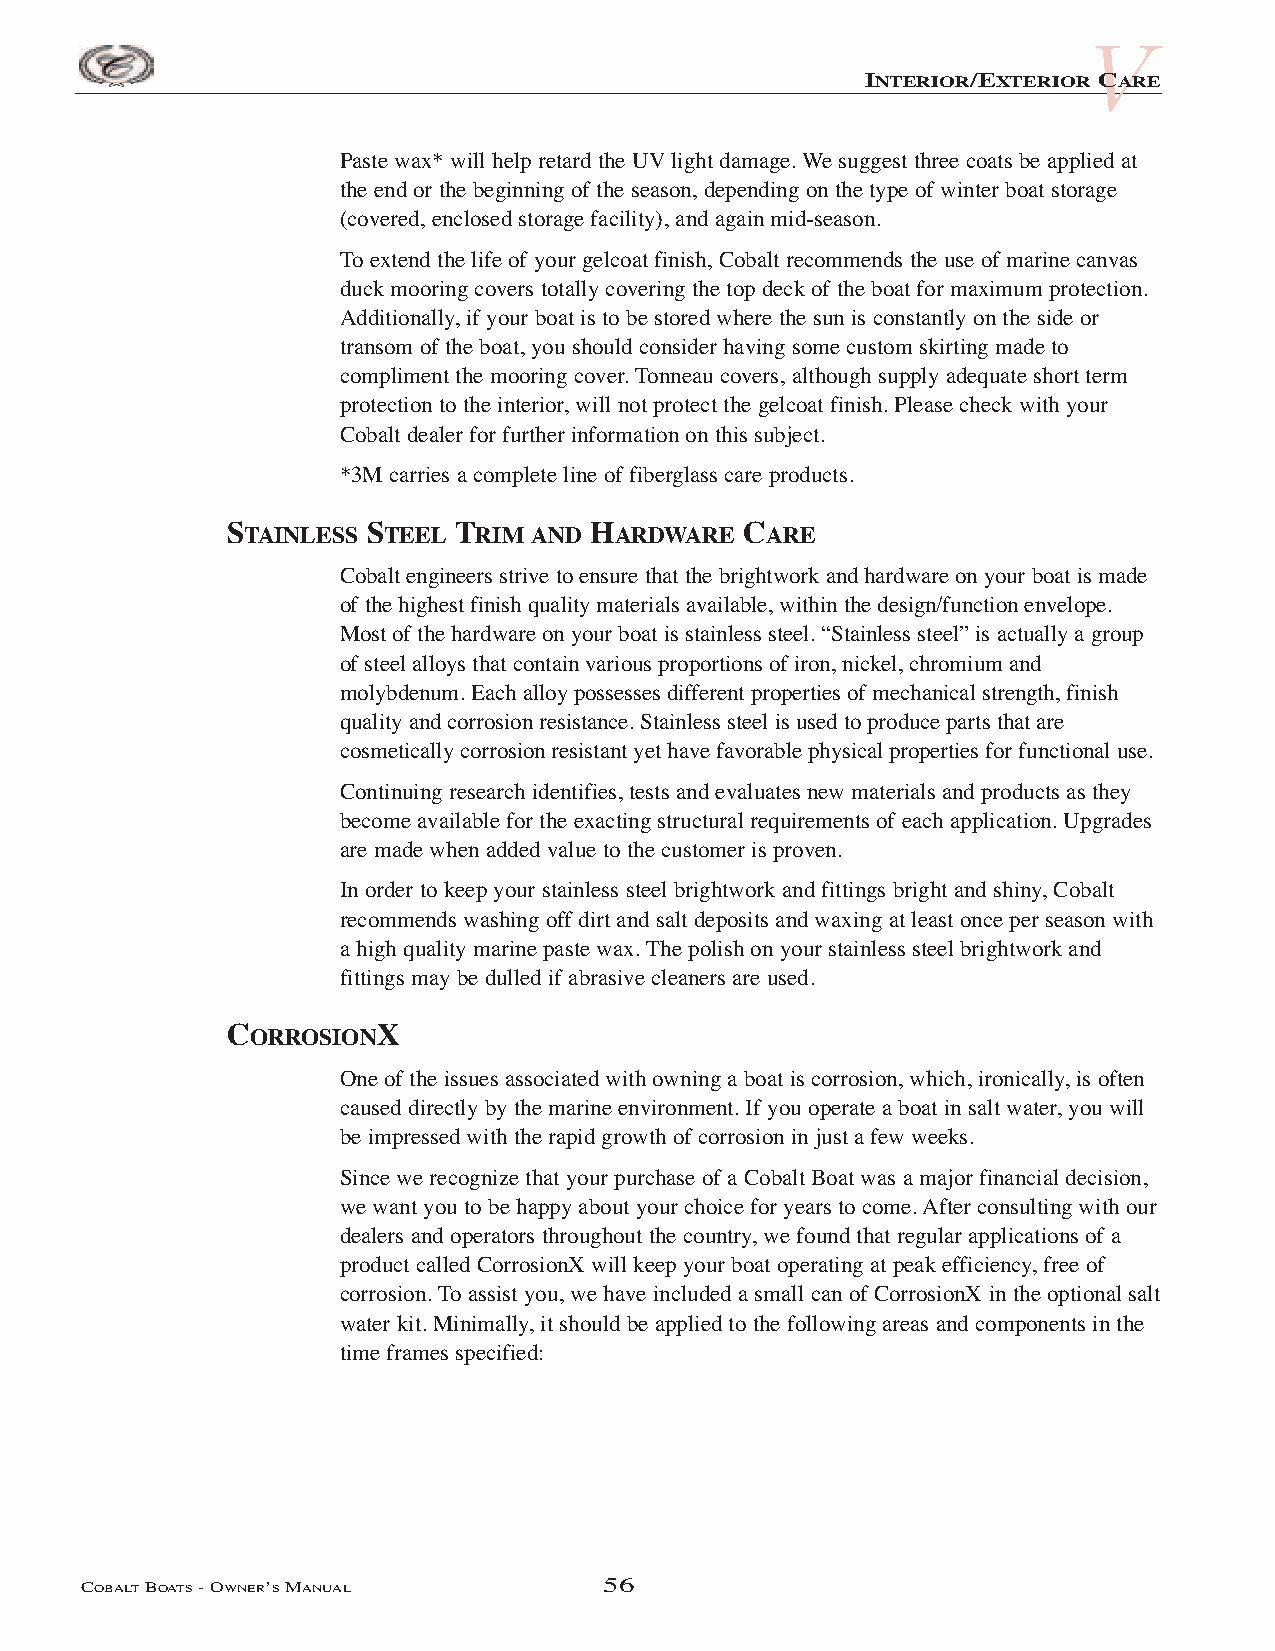
V
 INTERIOR/EXTERIOR CARE
 Paste wax* will help retard the UVlight damage. We suggest three coats be applied at
 the end or the beginning of the season, depending on the type of winter boat storage
 (covered, enclosed storage facility), and again mid-season.
 To extend the life of your gelcoat finish, Cobalt recommends the use of marine canvas
 duck mooring covers totally covering the top deck of the boat for maximum protection.
 Additionally, if your boat is to be stored where the sun is constantly on the side or
 transom of the boat, you should consider having some custom skirting made to
 compliment the mooring cover. Tonneau covers, although supply adequate short term
 protection to the interior, will not protect the gelcoat finish. Please check with your
 Cobalt dealer for further information on this subject.
 *3M carries a complete line of fiberglass care products.
 STAINLESS STEEL TRIM AND HARDWARE CARE
 Cobalt engineers strive to ensure that the brightwork and hardware on your boat is made
 of the highest finish quality materials available, within the design/function envelope.
 Most of the hardware on your boat is stainless steel. “Stainless steel” is actually a group
 of steel alloys that contain various proportions of iron, nickel, chromium and
 molybdenum. Each alloy possesses different properties of mechanical strength, finish
 quality and corrosion resistance. Stainless steel is used to produce parts that are
 cosmetically corrosion resistant yet have favorable physical properties for functional use.
 Continuing research identifies, tests and evaluates new materials and products as they
 become available for the exacting structural requirements of each application. Upgrades
 are made when added value to the customer is proven.
 In order to keep your stainless steel brightwork and fittings bright and shiny, Cobalt
 recommends washing off dirt and salt deposits and waxing at least once per season with
 a high quality marine paste wax. The polish on your stainless steel brightwork and
 fittings may be dulled if abrasive cleaners are used.
 CORROSIONX
 One of the issues associated with owning a boat is corrosion, which, ironically, is often
 caused directly by the marine environment. If you operate a boat in salt water, you will
 be impressed with the rapid growth of corrosion in just a few weeks.
 Since we recognize that your purchase of a Cobalt Boat was a major financial decision,
 we want you to be happy about your choice for years to come. After consulting with our
 dealers and operators throughout the country, we found that regular applications of a
 product called CorrosionX will keep your boat operating at peak efficiency, free of
 corrosion. To assist you, we have included a small can of CorrosionX in the optional salt
 water kit. Minimally, it should be applied to the following areas and components in the
 time frames specified:
 COBALTBOATS- OWNER’SMANUAL         56